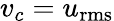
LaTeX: v_{c}=u_{\mathrm{rms}}